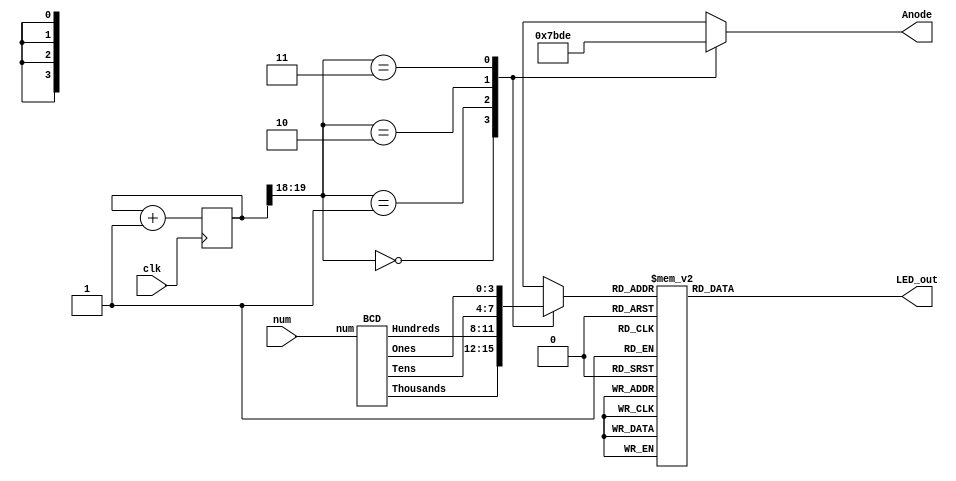

module Four_Digit_Seven_Segment_Driver_Optimized(

 input clk,
 input [12:0] num,
 output reg [3:0] Anode,
 output reg [6:0] LED_out
 );

 reg [3:0] LED_BCD;
 reg [19:0] refresh_counter = 0; // 20-bit counter
 wire [1:0] LED_activating_counter;
 always @(posedge clk)
 begin
 refresh_counter <= refresh_counter + 1;
 end

 assign LED_activating_counter = refresh_counter[19:18];



wire  [3:0] Thousands;
wire  [3:0] Hundreds;
wire  [3:0] Tens;
wire  [3:0] Ones;

BCD bcd(num, Thousands, Hundreds, Tens, Ones);

 always @(*)
 begin
 case(LED_activating_counter)
 2'b00: begin
 Anode = 4'b0111;
 LED_BCD = Thousands;
 end
 2'b01: begin
 Anode = 4'b1011;
 LED_BCD = Hundreds;
 end
 2'b10: begin
 Anode = 4'b1101;
 LED_BCD = Tens;
 end
 2'b11: begin
 Anode = 4'b1110;
 LED_BCD = Ones;
 end
 endcase
 end
 always @(*)
 begin
 case(LED_BCD)
 4'b0000: LED_out = 7'b0000001; // "0"
 4'b0001: LED_out = 7'b1001111; // "1"
 4'b0010: LED_out = 7'b0010010; // "2"
 4'b0011: LED_out = 7'b0000110; // "3"
 4'b0100: LED_out = 7'b1001100; // "4"
 4'b0101: LED_out = 7'b0100100; // "5"
 4'b0110: LED_out = 7'b0100000; // "6"
 4'b0111: LED_out = 7'b0001111; // "7"
 4'b1000: LED_out = 7'b0000000; // "8"
 4'b1001: LED_out = 7'b0000100; // "9"
 default: LED_out = 7'b0000001; // "0"
 endcase
 end
endmodule 
    
    
////////////////////////////////////////////////
///////////////////////////////////////////////
///////////////////////////////////////////////
module BCD (
input [12:0] num,
output reg [3:0] Thousands,
output reg [3:0] Hundreds,
output reg [3:0] Tens,
output reg [3:0] Ones
);
integer i;
always @(num)
begin
//initialization
 Thousands =4'd0;
 Hundreds = 4'd0;
 Tens = 4'd0;
 Ones = 4'd0;
for (i = 12; i >= 0 ; i = i-1 )
begin
if(Thousands >= 5 )
 Thousands = Thousands + 3;
if(Hundreds >= 5 )
 Hundreds = Hundreds + 3;
if (Tens >= 5 )
 Tens = Tens + 3;
 if (Ones >= 5)
 Ones = Ones +3;
//shift left one
 Thousands = Thousands << 1;
 Thousands [0] = Hundreds[3];
 Hundreds = Hundreds << 1;
 Hundreds [0] = Tens [3];
 Tens = Tens << 1;
 Tens [0] = Ones[3];
 Ones = Ones << 1;
 Ones[0] = num[i];
end
end
endmodule